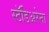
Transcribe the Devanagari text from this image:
स्टॅडिअरेना